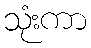
သုံးကာ